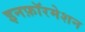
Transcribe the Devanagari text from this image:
इनफ़ॉरमेशन